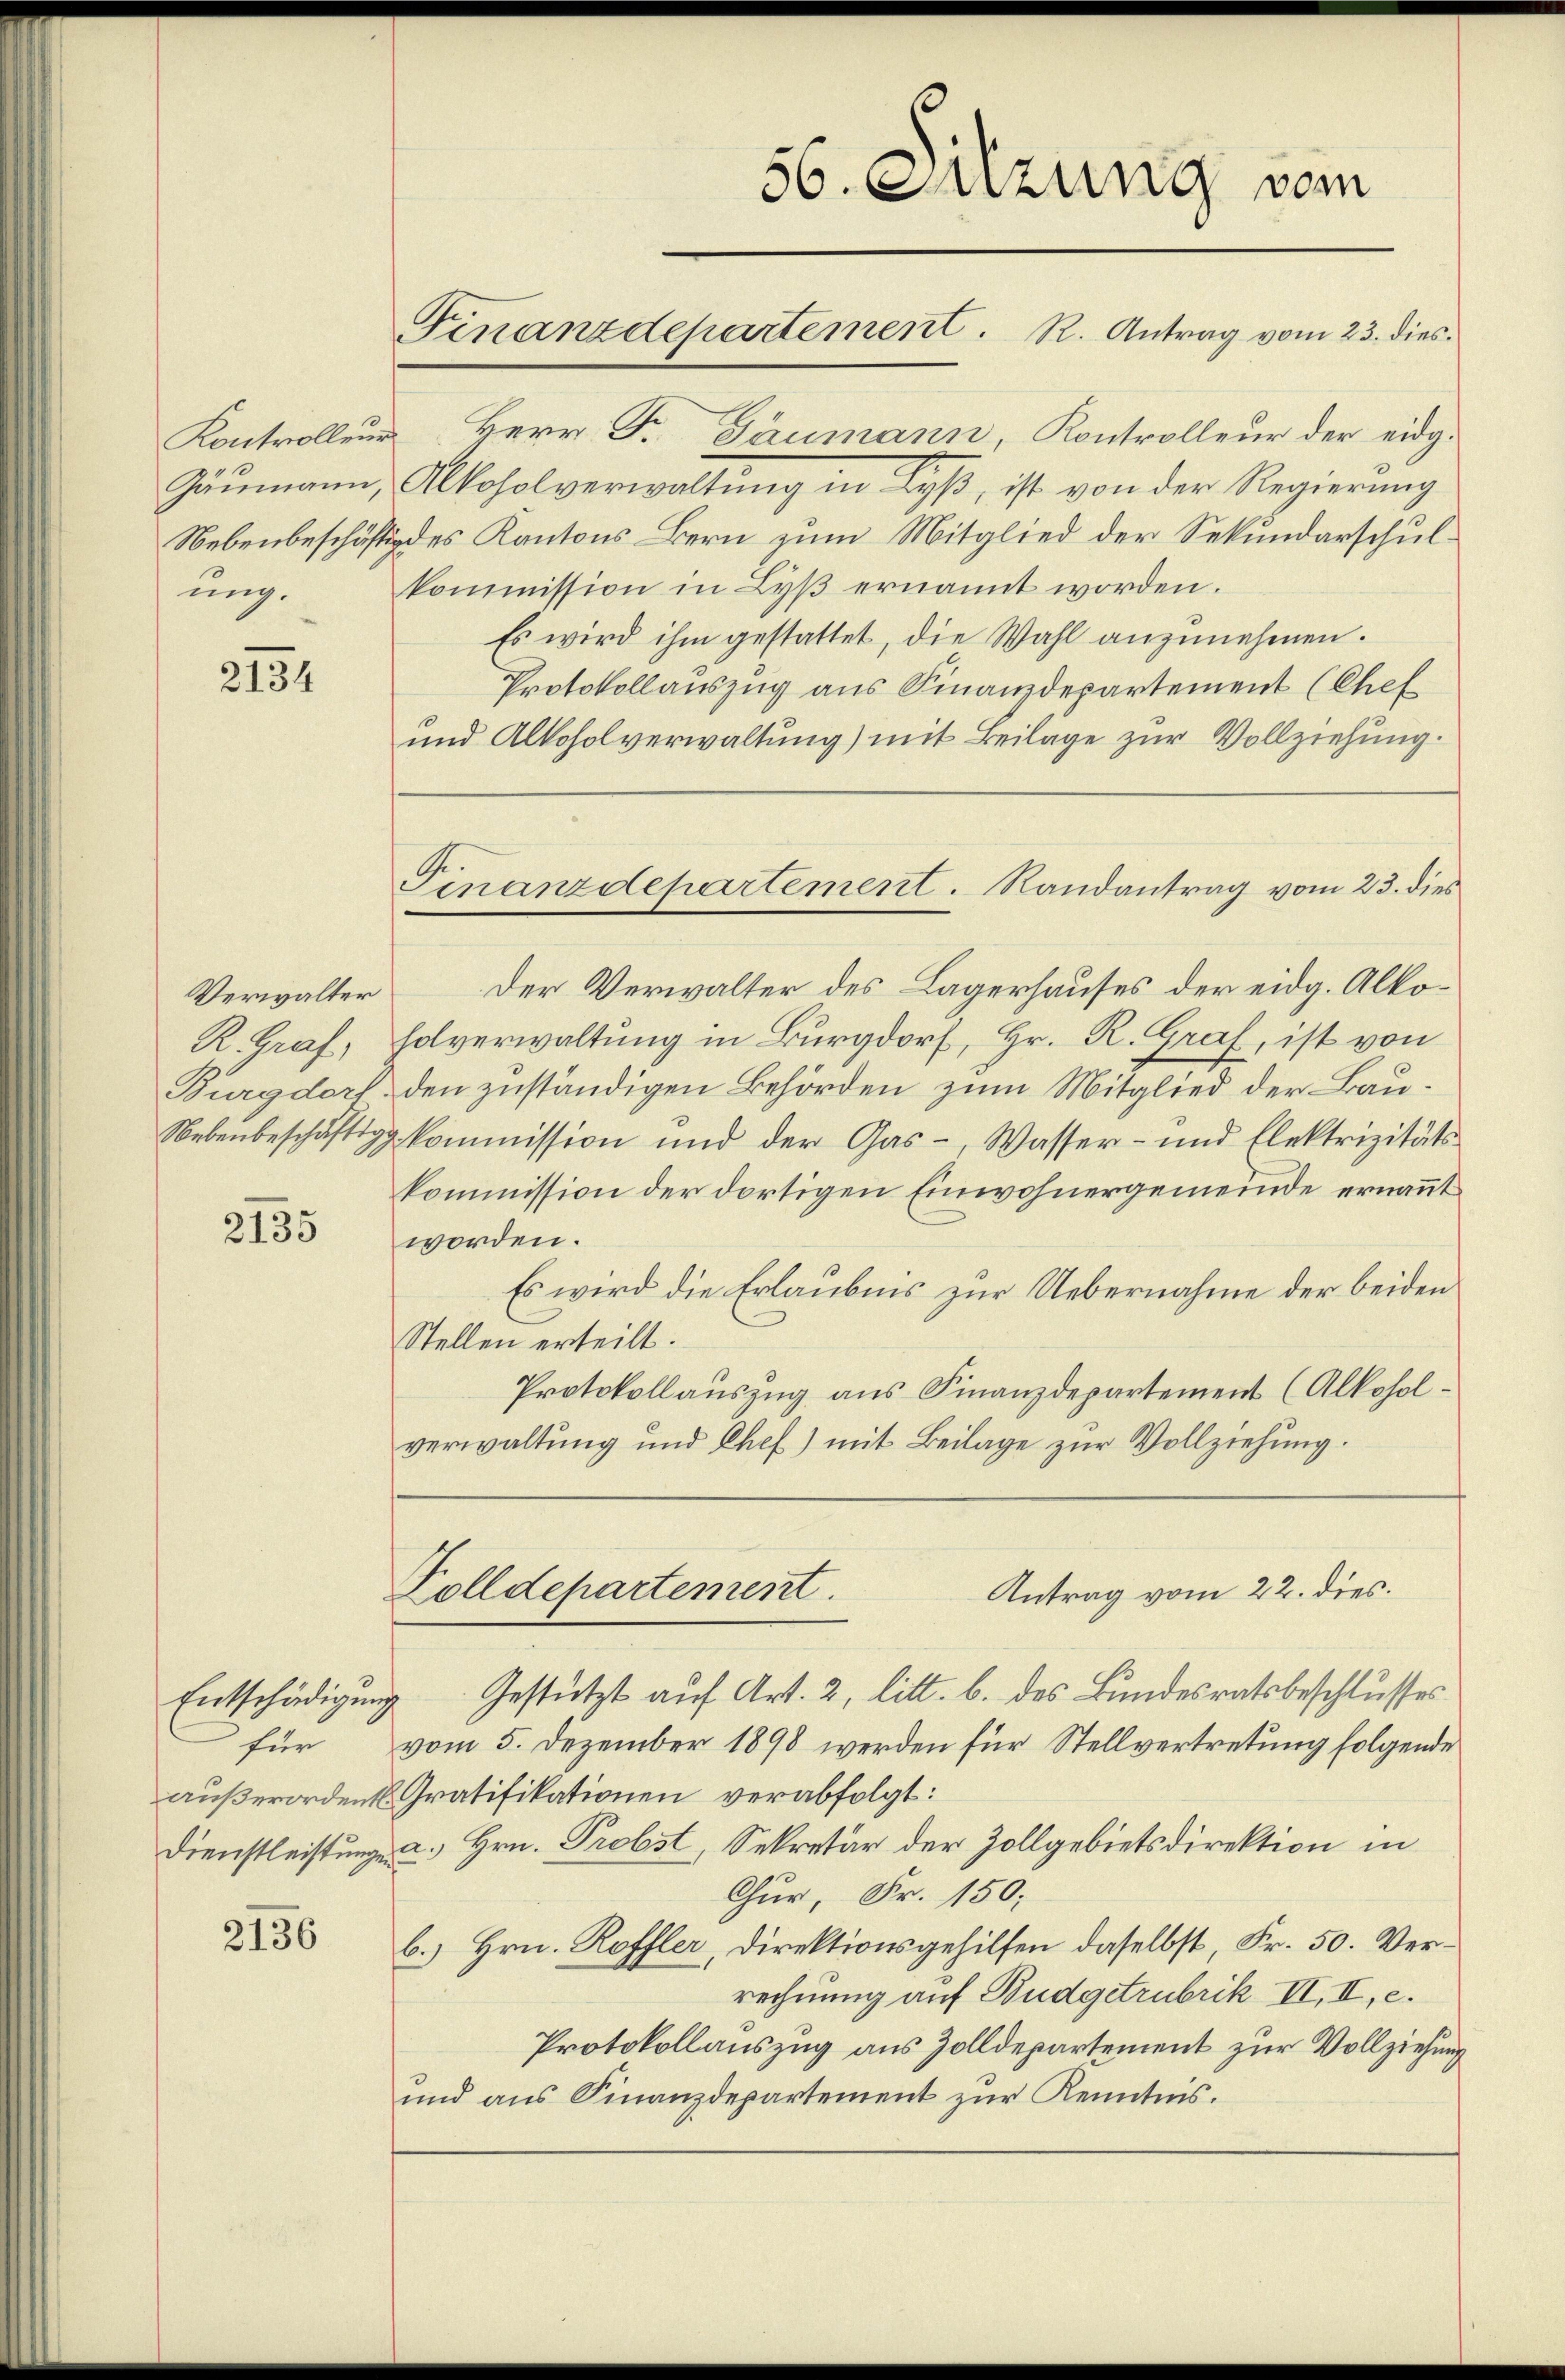
Kontrolleur
Gaumann,
ung.

2134

Verwalter
K. Graf.
Burgdorf.
Nebenbeschäftig

2135

2136

56. Augung vom
Finanzdepartement. R. Antrag vom 23. dies

Herr Fr. Taumann, Kontrolleur der eidg.
Alkoholverwaltung in Lyß, ist von der Regierung
Nebenbeschäftig des Kantons Bern zum Mitglied der Sekundarschulkommission in Lyβ ernannt worden.
Es wird ihm gestattet, die Wahl anzunehmen.
Protokollauszug aus Finanzdepartement (Chef
und Alkoholverwaltung) mit Beilage zur Vollziehung.
Der Verwalter des Lagerhauses der eidg. Alko¬
Folverwaltung in Burgdorf, Hr. R. Graf, ist von
den zuständigen Behörden zum Mitglied der Bauxkommission und der Gas-, Wasser- und Elektrizitäts-
kommission der dortigen Einwohnergemeinde ernannt
worden.
Es wird die Erlaubnis zur Uebernahme der beiden
Stellen erteilt.
Protokollauszug aus Finanzdepartement (Alkoholverwaltung und Chef) mit Beilage zur Vollziehung.
Antrag vom 22. dies.
Folldepartement.
Entschädigung Gestützt auf Art. 2, litt. b. des Bundesratsbeschlusses
für vom 5. Dezember 1898 werden für Stellvertretung folgende
außerordentl. Gratifikationen verabfolgt:
Dienstleistungen u. Hrn. Probst, Sekretär der Zollgebietsdirektion in
Chur, Fr. 150;
b.) Hrn. Roffler, Direktionsgehilfen daselbst, Fr. 50. Verrechnung auf Budgetrubrik II, II, c.
Protokollauszug aus Zolldepartement zur Vollziehung
und aus Finanzdepartement zur Kenntnis.

Finanzdepartement. Randantrag vom 23. dies